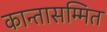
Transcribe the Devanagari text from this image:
कान्तासम्मित